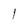
Character: l